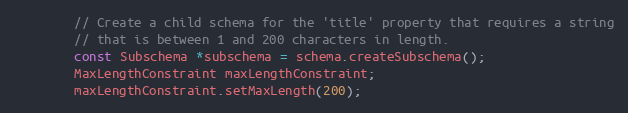
Language: C++
        // Create a child schema for the 'title' property that requires a string
        // that is between 1 and 200 characters in length.
        const Subschema *subschema = schema.createSubschema();
        MaxLengthConstraint maxLengthConstraint;
        maxLengthConstraint.setMaxLength(200);